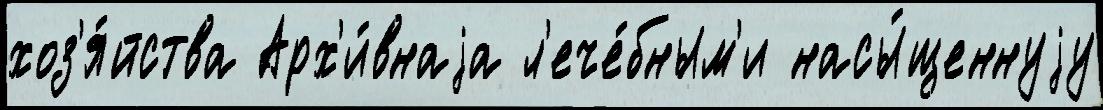
хоз'я́йства Арх'и́внаjа л'ече́бным'и насы́щеннуjу